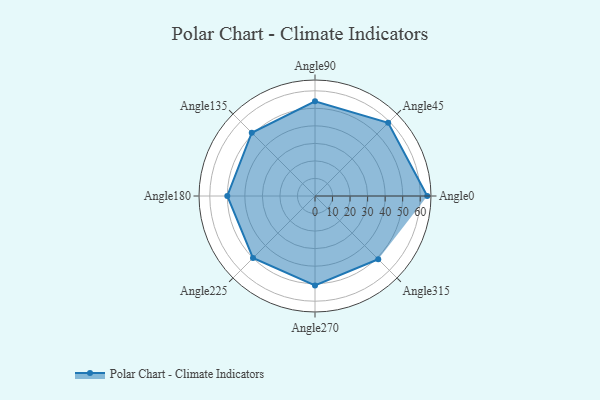
{"axis": {"x": "Angle", "y": "Radius"}, "legend": [""], "data": [{"x": "Angle0", "y": 64.0, "type": ""}, {"x": "Angle45", "y": 59.0, "type": ""}, {"x": "Angle90", "y": 54.0, "type": ""}, {"x": "Angle135", "y": 51.0, "type": ""}, {"x": "Angle180", "y": 50, "type": ""}, {"x": "Angle225", "y": 50.0, "type": ""}, {"x": "Angle270", "y": 51.0, "type": ""}, {"x": "Angle315", "y": 51.0, "type": ""}]}